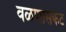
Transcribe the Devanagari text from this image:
वळणासकट